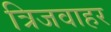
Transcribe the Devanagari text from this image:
त्रिजवाहर